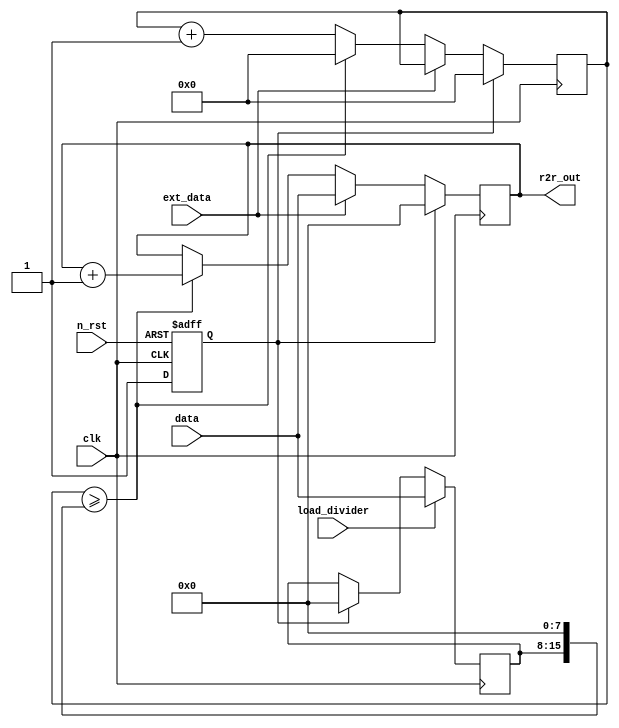
module r2r_dac_control (
    input wire clk,                 // expect a 10M clock
    input wire n_rst,
    input wire ext_data,            // if this is high, then DAC data comes from ui_in[7:0]
    input wire [7:0] data,          // connect to ui_in[7:0]
    input wire load_divider,        // load value set on data to the clock divider
    output reg [7:0] r2r_out        // 8 bit out to the R2R DAC
    );

    reg rst;
    reg [7:0] divider;
    reg [15:0] counter;

    initial begin
        $dumpfile ("r2r_dac_control.vcd");
        $dumpvars (0, r2r_dac_control);
    end

    // reset handling
    always @(posedge clk or posedge n_rst) begin
        if(n_rst)
            rst <= 1'b0;
        else
            rst <= 1'b1;
    end

    // load divider
    always @(posedge clk) begin
        if(rst)
            divider <= 0;
        if(load_divider)
            divider <= data;
    end

    // counter and r2r output
    always @(posedge clk) begin
        if(rst) begin
            counter <= 0;
            r2r_out <= 0;
        end else if(ext_data)
            r2r_out <= data;
        else begin
        /* verilator lint_off WIDTHEXPAND */
            if(counter >= (divider << 8)) begin
        /* lint_on */
                counter <= 0;
                r2r_out <= r2r_out + 1;
            end else 
                counter <= counter + 1;
        end
    end

endmodule